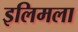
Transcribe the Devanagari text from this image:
इलिमला